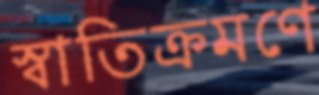
স্বাতিক্রমণে